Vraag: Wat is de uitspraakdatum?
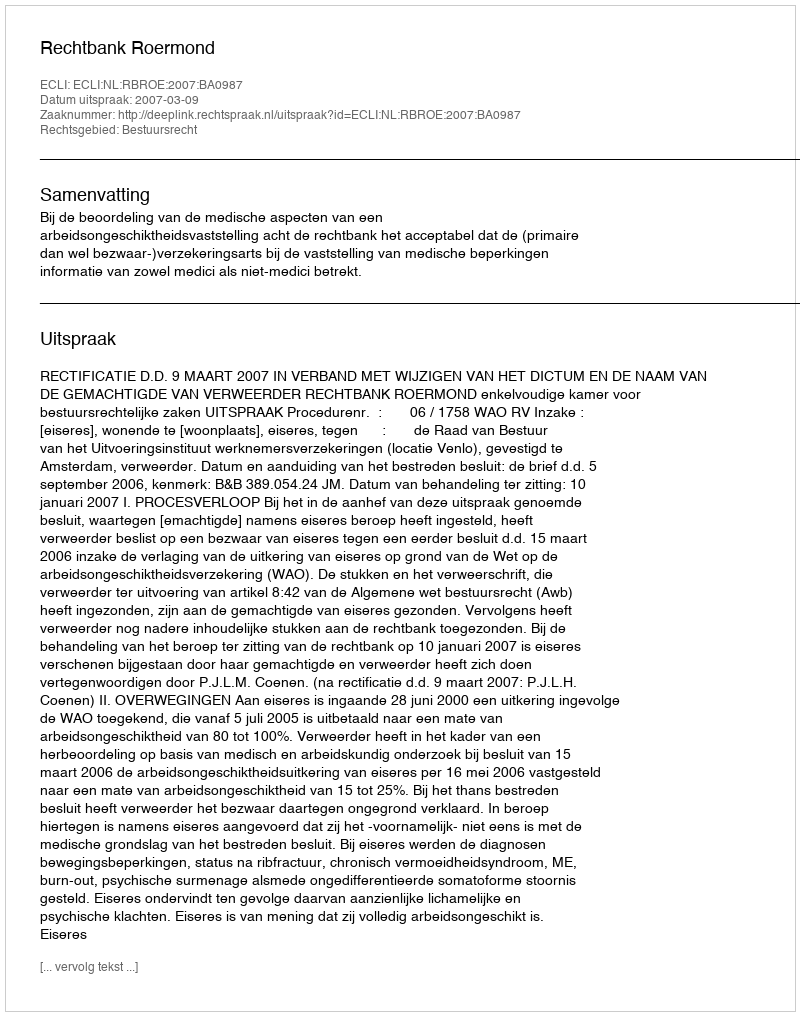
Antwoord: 2007-03-09